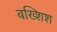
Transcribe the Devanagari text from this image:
बख्शिश